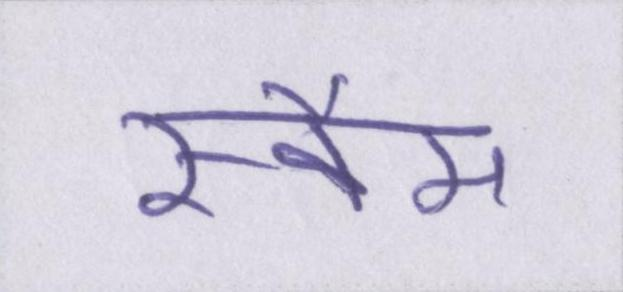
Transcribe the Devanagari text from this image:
स्कैम